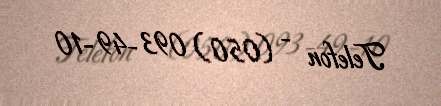
Telefon - (050) 093-49-10